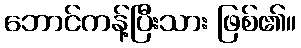
ဘောင်ကန့်ပြီးသား ဖြစ်၏။